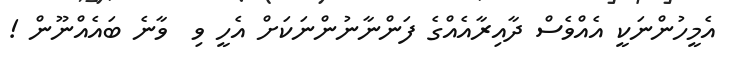
އެމީހުންނަކީ އެއްވެސް ދާއިރާއެއްގެ ފަންނާނުންނަކަށް އެހީ ވި  ވާނެ ބައެއްނޫން !